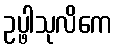
ဥပ္ဖါသုလိကေ